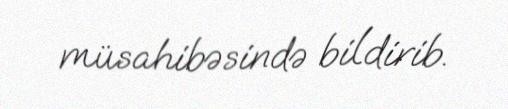
müsahibəsində bildirib.